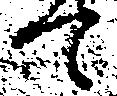
て